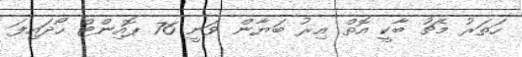
ހަތަރު މެޗު ބާކީ އޮތް އިރު ބަޔާން ވަނީ 76 ޕޮއިންޓް ހޯދައިފަ